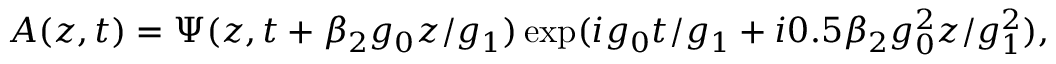
A ( z , t ) = \Psi ( z , t + \beta _ { 2 } g _ { 0 } z / g _ { 1 } ) \exp ( i g _ { 0 } t / g _ { 1 } + i 0 . 5 \beta _ { 2 } g _ { 0 } ^ { 2 } z / g _ { 1 } ^ { 2 } ) ,